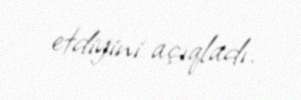
etdiyini açıqladı.